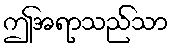
ဤအရာသည်သာ